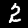
Label: 2